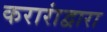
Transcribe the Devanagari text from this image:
करारांद्वारा